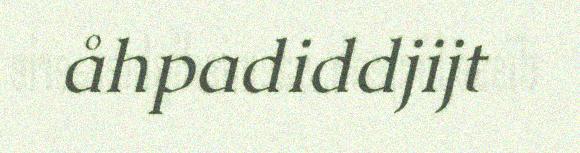
åhpadiddjijt